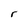
Character: r